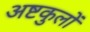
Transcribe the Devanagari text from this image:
अष्टकुलों